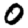
Digit: 0